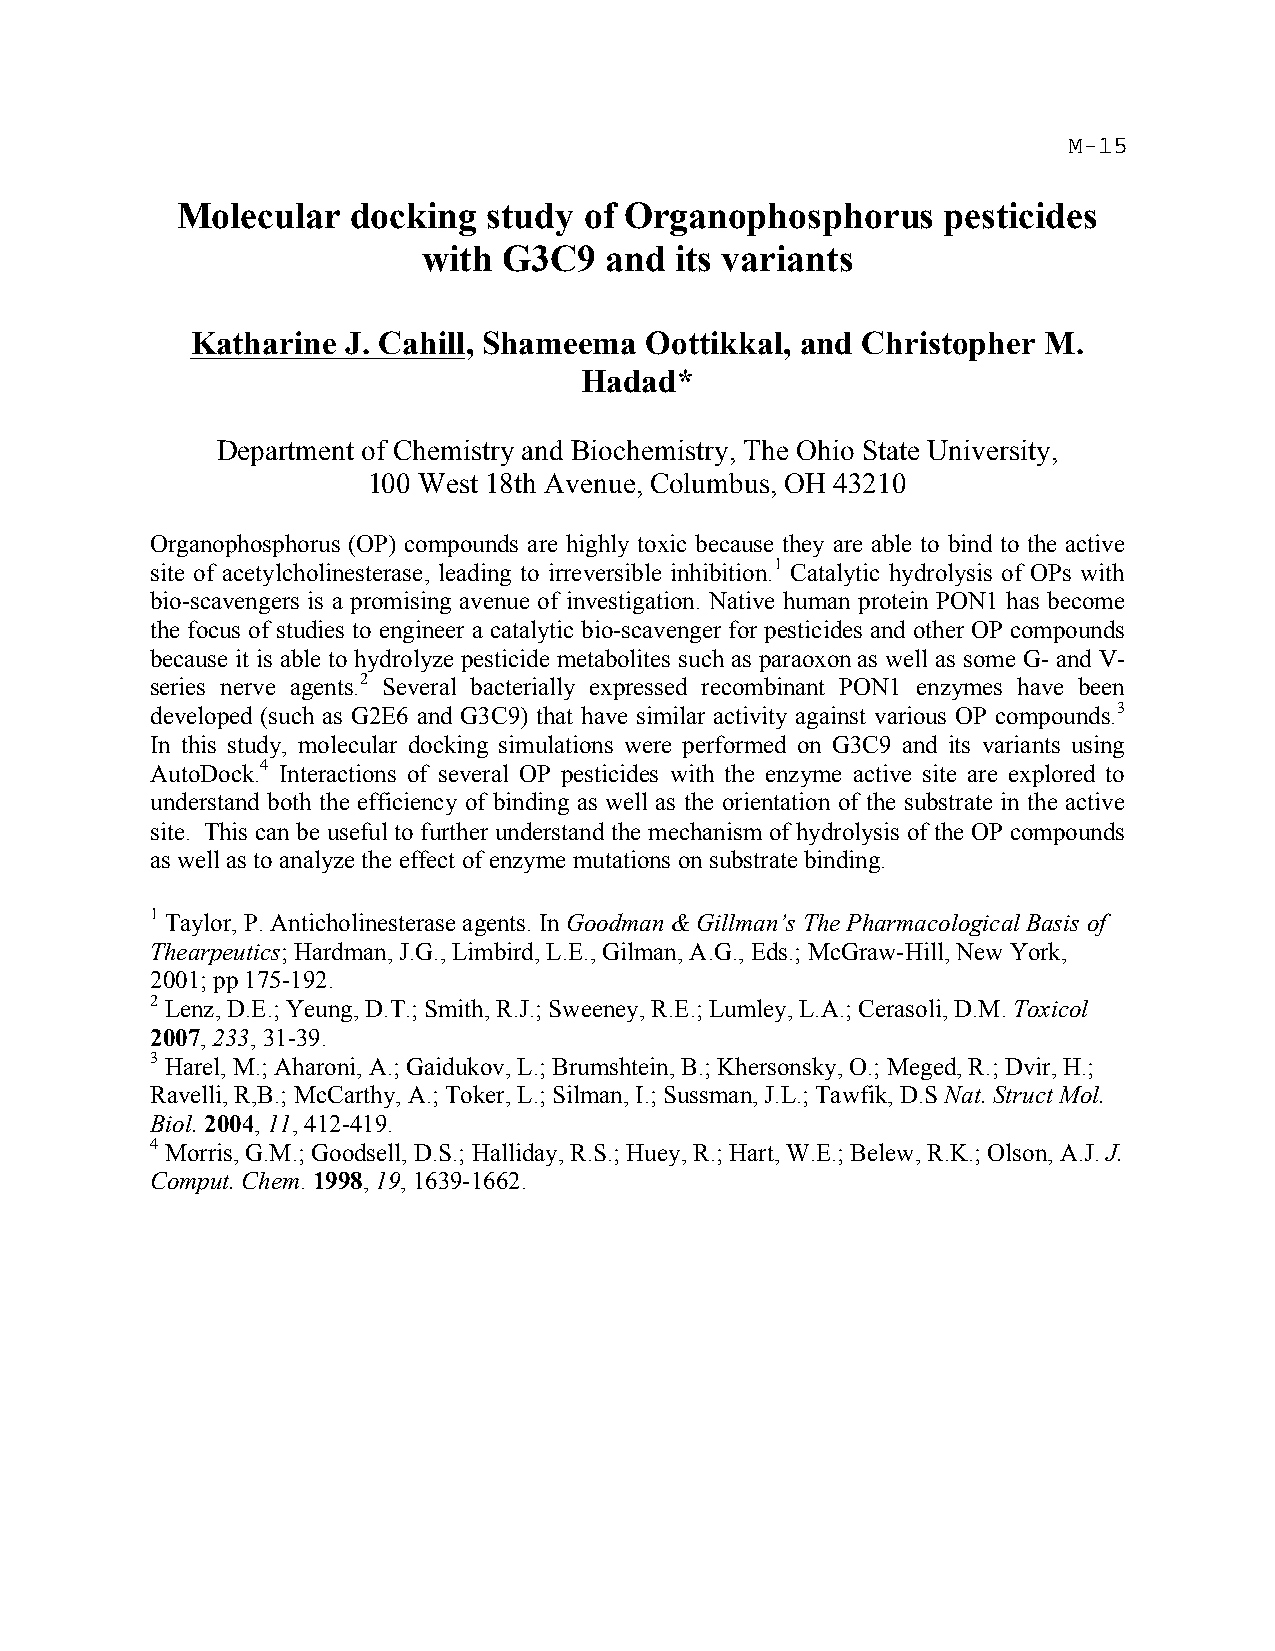
Molecular  docking  study  of Organophosphorus     pesticides
 with G3C9   and  its variants
 Katharine J. Cahill, Shameema Oottikkal, and Christopher M.
 Hadad*
 Department of Chemistry and Biochemistry, The Ohio State University,
 100 West 18th Avenue, Columbus, OH 43210
 Organophosphorus (OP) compounds are highly toxic because they are able to bind to the active
 site of acetylcholinesterase, leading to irreversible inhibition.1 Catalytic hydrolysis of OPs with
 bio-scavengers is a promising avenue of investigation. Native human protein PON1 has become
 the focus of studies to engineer a catalytic bio-scavenger for pesticides and other OP compounds
 because it is able to hydrolyze pesticide metabolites such as paraoxon as well as some G- and V-
 series nerve agents.2 Several bacterially expressed recombinant PON1 enzymes have been
 developed (such as G2E6 and G3C9) that have similar activity against various OP compounds.3
 In this study, molecular docking simulations were performed on G3C9 and its variants using
 AutoDock.4 Interactions of several OP pesticides with the enzyme active site are explored to
 understand both the efficiency of binding as well as the orientation of the substrate in the active
 site. This can be useful to further understand the mechanism of hydrolysis of the OP compounds
 as well as to analyze the effect of enzyme mutations on substrate binding.
 1 Taylor, P. Anticholinesterase agents. In Goodman & Gillman’s The Pharmacological Basis of
 Thearpeutics; Hardman, J.G., Limbird, L.E., Gilman, A.G., Eds.; McGraw-Hill, New York,
 2001; pp 175-192.
 2 Lenz, D.E.; Yeung, D.T.; Smith, R.J.; Sweeney, R.E.; Lumley, L.A.; Cerasoli, D.M. Toxicol
 2007, 233, 31-39.
 3 Harel, M.; Aharoni, A.; Gaidukov, L.; Brumshtein, B.; Khersonsky, O.; Meged, R.; Dvir, H.;
 Ravelli, R,B.; McCarthy, A.; Toker, L.; Silman, I.; Sussman, J.L.; Tawfik, D.S Nat. Struct Mol.
 Biol. 2004, 11, 412-419.
 4 Morris, G.M.; Goodsell, D.S.; Halliday, R.S.; Huey, R.; Hart, W.E.; Belew, R.K.; Olson, A.J. J.
 Comput. Chem. 1998, 19, 1639-1662.